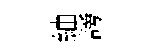
紬謗